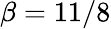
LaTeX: \beta=11/8